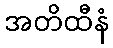
အတိထီနံ